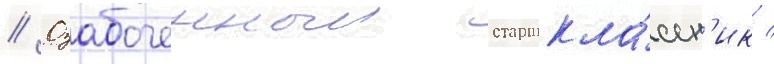
// Озабоченныи старшекла́ссн'ик /